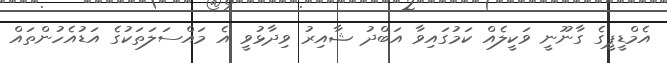
އެމްޑީޕީގެ ގާނޫނީ ވަކީލެއް ކަމުގައިވާ އަބްދު ޝާއިރު ވިދާޅުވީ އެ މައްސަލަތަކުގެ އަޑުއެހުންތައް